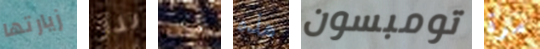
زيارتها لذا أسلافي هذه تومبسون مرة